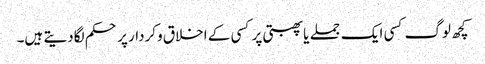
کچھ لوگ کسی ایک جملے یا پھبتی پر کسی کے اخلاق وکردار پر حکم لگادیتے ہیں۔